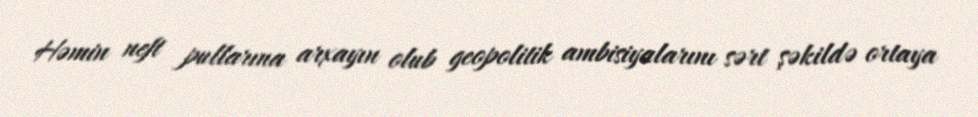
Həmin neft pullarına arxayın olub geopolitik ambisiyalarını sərt şəkildə ortaya